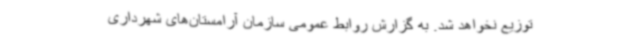
توزیع نخواهد شد. به گزارش روابط عمومی سازمان آرامستان‌های شهرداری